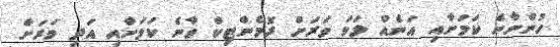
ހުންނާނެ ކަމަށާއި އަނެއް ލަވަ ވަރަށް ރޮމެންޓިކް ވާނެ ކަމަށާއި އަދި ވަރަށް